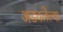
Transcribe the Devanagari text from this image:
अडवलेल्या